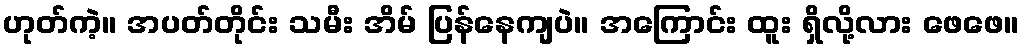
ဟုတ်ကဲ့။ အပတ်တိုင်း သမီး အိမ် ပြန်နေကျပဲ။ အကြောင်း ထူး ရှိလို့လား ဖေဖေ။